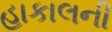
હાકાલની